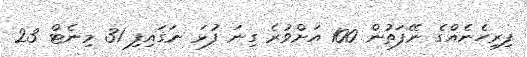
ފިރިހެނެއްގެ ނޭފަތުން 100 އަށްވުރެ ގިނަ ފުޅަ ނަގައިފި 31 މިނެޓް 23